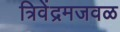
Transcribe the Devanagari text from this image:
त्रिवेंद्रमजवळ